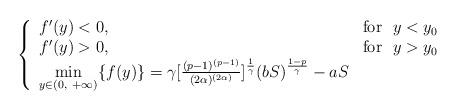
LaTeX: \begin{align*}\left\{\begin{array}{ll}f^\prime(y)<0, &\mbox{for} \ \ y<y_0\\f^\prime(y)>0, &\mbox{for} \ \ y>y_0\\\min\limits_{y\in(0,\ +\infty)}\{f(y)\}=\gamma[\frac{(p-1)^{(p-1)}}{(2\alpha)^{(2\alpha)}}]^{\frac{1}{\gamma}}(bS)^{\frac{1-p}{\gamma}}-aS\end{array}\right.\end{align*}